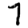
Digit: 7